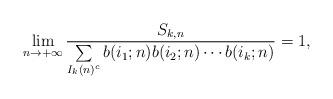
LaTeX: \begin{align*}\lim_{n \to +\infty} \frac{S_{k,n}}{\sum\limits_{\substack{I_{k}(n)^{c}}} b(i_{1};n)b(i_{2};n)\cdots b(i_{k};n)} = 1,\end{align*}